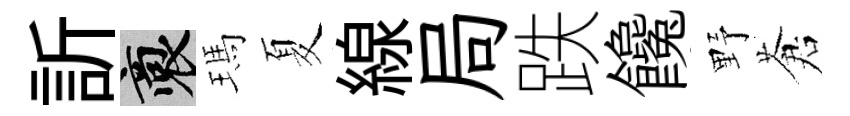
訢裔瑪夏線局跌饞野蒼